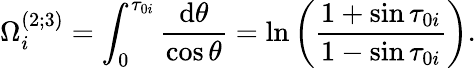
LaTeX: \Omega_{i}^{(2;3)}=\int_{0}^{\tau_{0i}}\frac{\mathrm{d}\theta}{\cos\theta}=\ln\left(\frac{1+\sin\tau_{0i}}{1-\sin\tau_{0i}}\right).